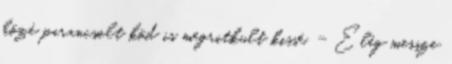
közé parancsolt köd is megritkult kissé. - Elég messze